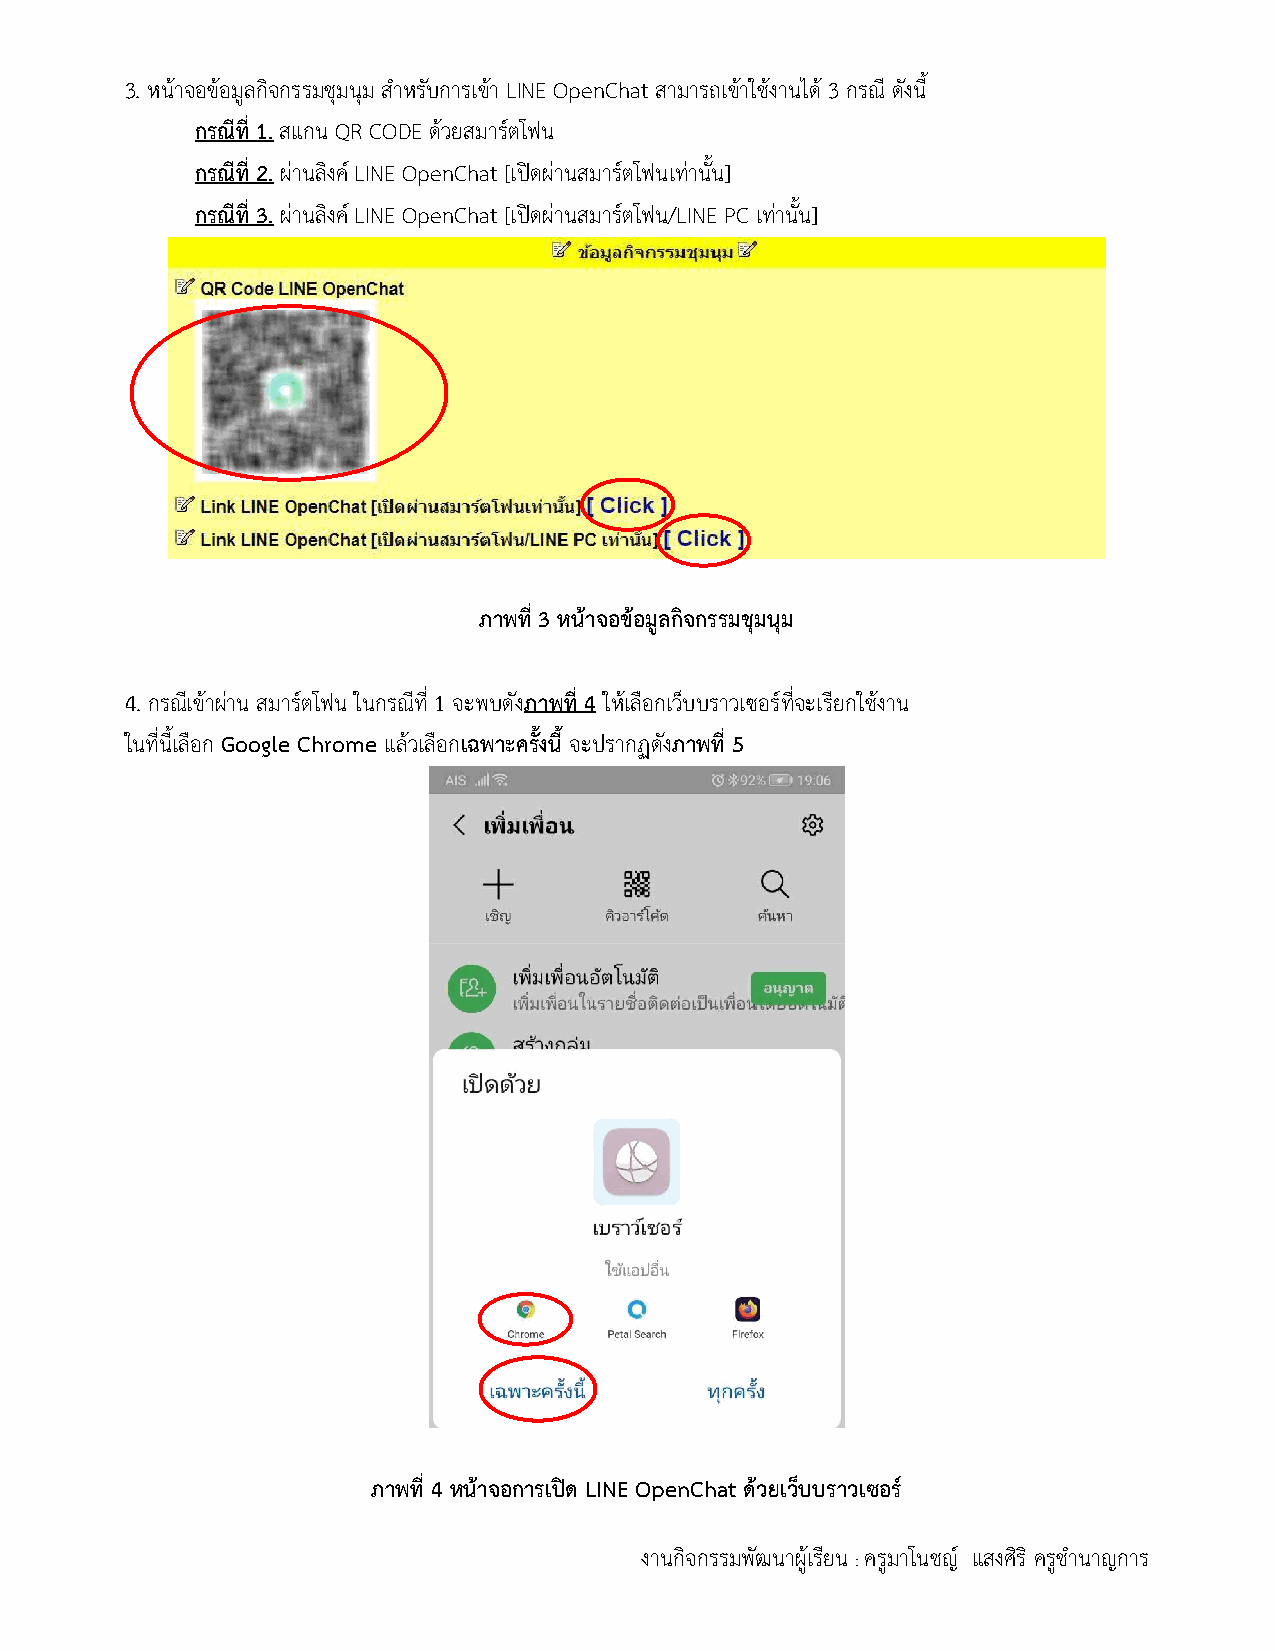
3. หนาจอขอมูลกิจกรรมชุมนุม สําหรับการเขา LINE OpenChat สามารถเขาใชงานได 3 กรณี ดังนี้
 กรณีที่ 1. สแกน QR CODE ดวยสมารตโฟน
 กรณีที่ 2. ผานลิงค LINE OpenChat [เปดผานสมารตโฟนเทานั้น]
 กรณีที่ 3. ผานลิงค LINE OpenChat [เปดผานสมารตโฟน/LINE PC เทานั้น]
 ภาพที่ 3 หนาจอขอมูลกิจกรรมชุมนุม
 4. กรณีเขาผาน สมารตโฟน ในกรณีที่ 1 จะพบดังภาพที่ 4 ใหเลือกเว็บบราวเซอรที่จะเรียกใชงาน
 ในที่นี้เลือก Google Chrome แลวเลือกเฉพาะครั้งนี้ จะปรากฏดังภาพที่ 5
 ภาพที่ 4 หนาจอการเปด LINE OpenChat ดวยเว็บบราวเซอร
 งานกิจกรรมพัฒนาผูเรียน : ครมู าโนชญ แสงศริ ิ ครูชํานาญการ